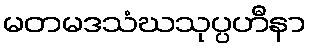
မတမဒသံဃသုပ္ပဟီနာ